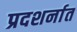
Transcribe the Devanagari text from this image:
प्रदशर्नात